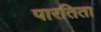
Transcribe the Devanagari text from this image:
पारतिता